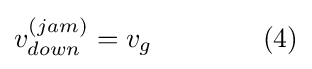
v_{down}^{(jam)}=v_{g}\qquad \qquad (4)